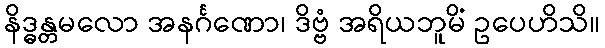
နိဒ္ဓန္တမလော အနင်္ဂဏော၊ ဒိဗ္ဗံ အရိယဘူမိံ ဥပေဟိသိ။